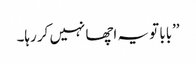
’’بابا تو یہ اچھا نہیں کر رہا۔